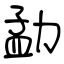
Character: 勐